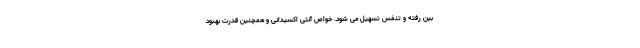
بین رفته و تنفس تسهیل می شود. خواص آنتی اکسیدانی و همچنین قدرت بهبود